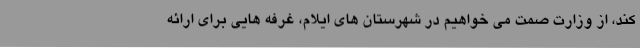
کند، از وزارت صمت می خواهیم در شهرستان های ایلام، غرفه هایی برای ارائه